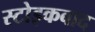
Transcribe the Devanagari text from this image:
स्टोइकबाद